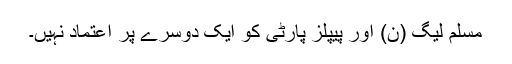
مسلم لیگ (ن) اور پیپلز پارٹی کو ایک دوسرے پر اعتماد نہیں۔